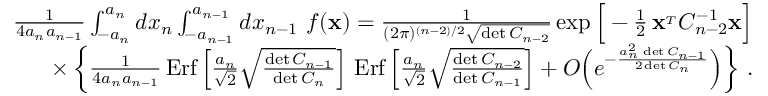
\begin{array} { r l r } & { } & { { \frac { 1 } { 4 a _ { n } a _ { n - 1 } } } \int _ { - a _ { n } } ^ { a _ { n } } d x _ { n } \int _ { - a _ { n - 1 } } ^ { a _ { n - 1 } } d x _ { n - 1 } \ f ( { \bf x } ) = { \frac { 1 } { ( 2 \pi ) ^ { ( n - 2 ) / 2 } \sqrt { \operatorname* { d e t } C _ { n - 2 } } } } \exp \Big [ - { \frac { 1 } { 2 } } \, { \bf x } ^ { _ T } C _ { n - 2 } ^ { - 1 } { \bf x } \Big ] } \\ & { } & { \times \left\{ { \frac { 1 } { 4 a _ { n } a _ { n - 1 } } } \, \mathrm { E r f } \left[ { \frac { a _ { n } } { \sqrt 2 } } \sqrt { \frac { \operatorname* { d e t } C _ { n - 1 } } { \operatorname* { d e t } C _ { n } } } \right] \, \mathrm { E r f } \left[ { \frac { a _ { n } } { \sqrt 2 } } \sqrt { \frac { \operatorname* { d e t } C _ { n - 2 } } { \operatorname* { d e t } C _ { n - 1 } } } \right] + { \cal O } \Big ( e ^ { - { \frac { a _ { n } ^ { 2 } \, \operatorname* { d e t } C _ { n - 1 } } { 2 \operatorname* { d e t } C _ { n } } } } \Big ) \right\} \, . } \end{array}